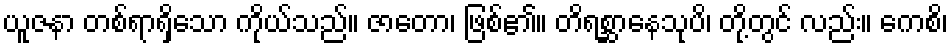
ယူဇနာ တစ်ရာရှိသော ကိုယ်သည်။ ဇာတော၊ ဖြစ်၏။ တိရစ္ဆာနေသုပိ၊ တို့တွင် လည်း။ ကေစိ၊